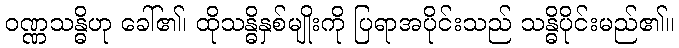
ဝဏ္ဏသန္ဓိဟု ခေါ်၏၊ ထိုသန္ဓိနှစ်မျိုးကို ပြရာအပိုင်းသည် သန္ဓိပိုင်းမည်၏။